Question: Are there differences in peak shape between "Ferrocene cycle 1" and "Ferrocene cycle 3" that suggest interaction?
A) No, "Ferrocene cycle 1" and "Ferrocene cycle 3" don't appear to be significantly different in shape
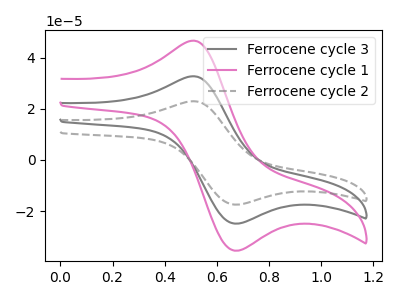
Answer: <think>The gray curve "Ferrocene cycle 3" has an anodic peak at (0.50V, 32.65uA) and a cathodic peak at (0.65V, -24.85uA). The pink curve "Ferrocene cycle 1" has an anodic peak at (0.50V, 46.55uA) and a cathodic peak at (0.65V, -35.40uA). The gray dashed curve "Ferrocene cycle 2" has an anodic peak at (0.50V, 65.30uA) and a cathodic peak at (0.65V, -49.65uA).
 All the peaks in "Ferrocene cycle 1" have a peak in "Ferrocene cycle 3" at the same potential. Every peak in "Ferrocene cycle 1" is higher than every peak in "Ferrocene cycle 3".</think>
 <answer>A) No, "Ferrocene cycle 1" and "Ferrocene cycle 3" don't appear to be significantly different in shape</answer>
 <eval>A</eval>